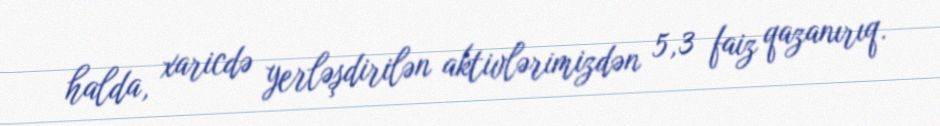
halda, xaricdə yerləşdirilən aktivlərimizdən 5,3 faiz qazanırıq.